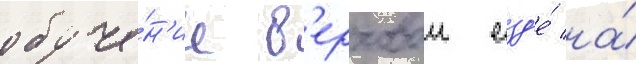
обуче́н'ие в'ерховои езд'е́ на́